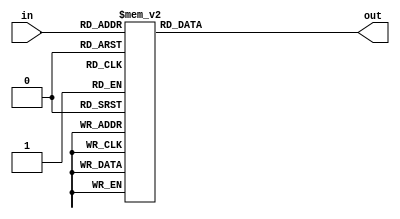
// convert a 4-bit binary word to the hex value as an 8-bit ASCII character

module bin2hex (
   input [3:0] in,
	output reg [7:0] out
);

always @(in)
begin
 case ( in )
  4'h0 : out = 7'h30;
  4'h1 : out = 7'h31;
  4'h2 : out = 7'h32;
  4'h3 : out = 7'h33;
  4'h4 : out = 7'h34;
  4'h5 : out = 7'h35;
  4'h6 : out = 7'h36;
  4'h7 : out = 7'h37;
  4'h8 : out = 7'h38;
  4'h9 : out = 7'h39;
  4'ha : out = "A";
  4'hb : out = "B";
  4'hc : out = "C";
  4'hd : out = "D";
  4'he : out = "E";
  4'hf : out = "F";
 endcase
end

endmodule